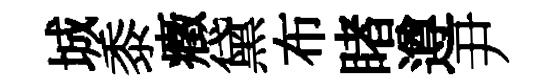
城黍癥黛布睹遵尹